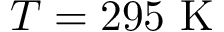
T = 2 9 5 \textrm { K }